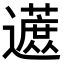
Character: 𬩦